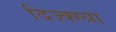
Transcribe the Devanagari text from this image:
दिज्क्स्त्रा